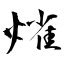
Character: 熦